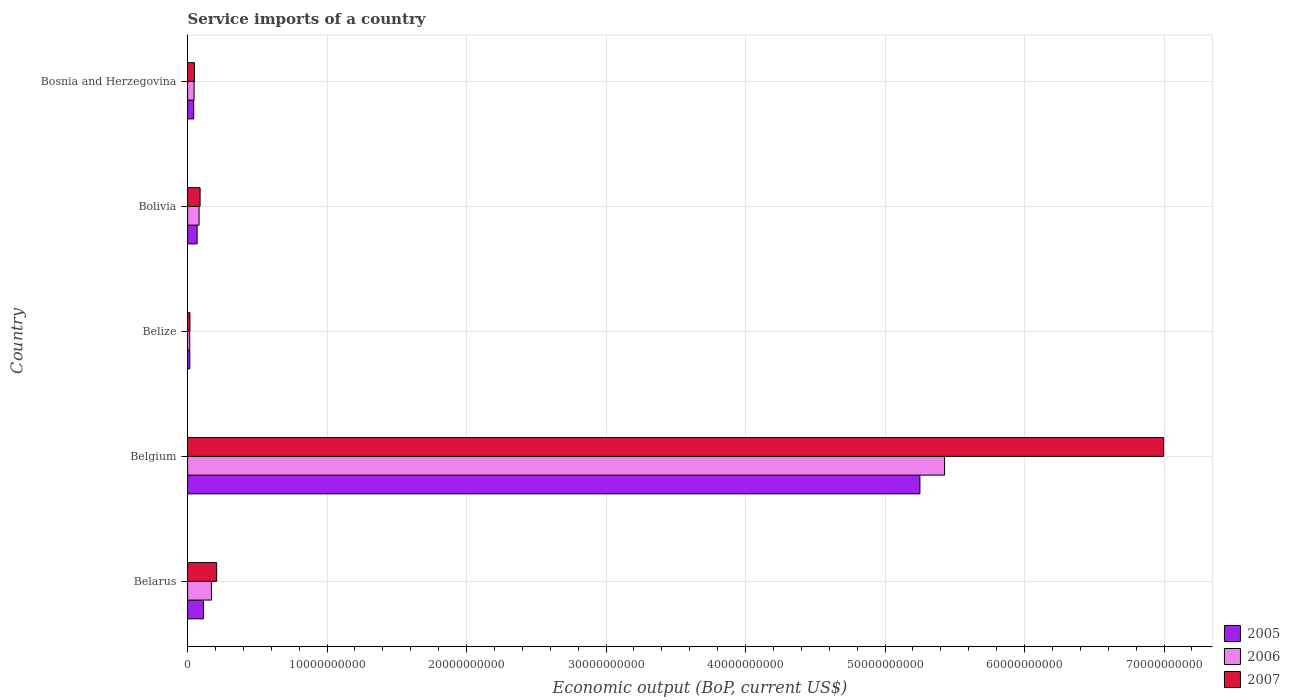
| Country | 2005 | 2006 | 2007 |
 | --- | --- | --- | --- |
 | Belarus | 1.14e+09 | 1.71e+09 | 2.08e+09 |
 | Belgium | 5.25e+10 | 5.43e+10 | 7e+10 |
 | Belize | 1.59e+08 | 1.52e+08 | 1.68e+08 |
 | Bolivia | 6.82e+08 | 8.25e+08 | 8.97e+08 |
 | Bosnia and Herzegovina | 4.36e+08 | 4.67e+08 | 4.95e+08 |